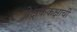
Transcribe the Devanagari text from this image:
प्रेक्षककक्षाची